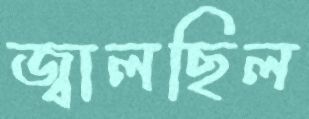
জ্বালছিল